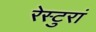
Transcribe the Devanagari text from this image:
रेस्टुरां